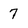
Character: 7